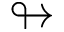
\looparrowright